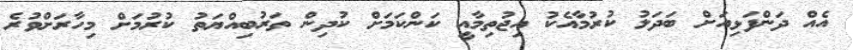
އެއް ދަންފަޅިއަށް ބަދަލު ކުރުމާއެކު އިޖުތިމާއީ ކަންކަމަށް ކުދިން ތަރުބިއްޔަތު ކުރުމަށް މިހާރަށްވުރެ